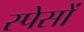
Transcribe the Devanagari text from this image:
स्पेसों